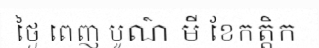
ថ្ងៃ ពេញ បូណ៌ មី ខែកត្តិក